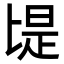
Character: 㔭